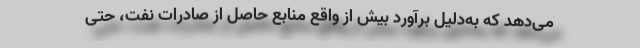
می‌دهد که به‌دلیل برآورد بیش از واقع منابع حاصل از صادرات نفت، حتی